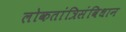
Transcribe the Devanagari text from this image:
लोकतांत्रिसंविधान